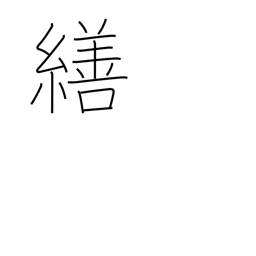
Meaning: adjust